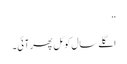
”
اگلے سال کوئل پھر آئی۔